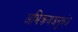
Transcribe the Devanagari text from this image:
अभिक्रयअनुबंध